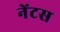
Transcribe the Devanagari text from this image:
नेंटस